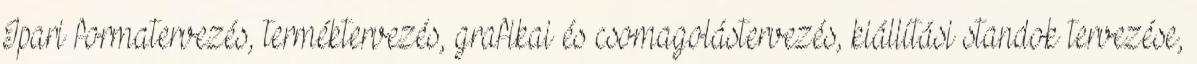
Ipari formatervezés, terméktervezés, grafikai és csomagolástervezés, kiállítási standok tervezése,